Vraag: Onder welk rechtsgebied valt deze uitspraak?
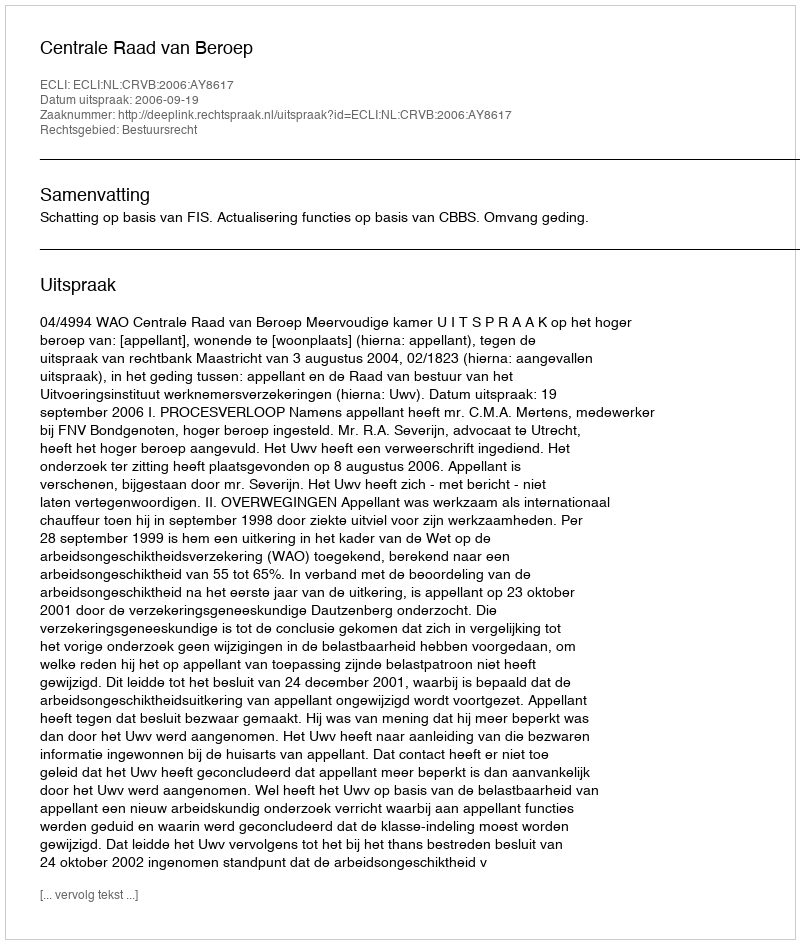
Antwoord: Bestuursrecht